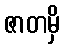
ဇာတမှိ